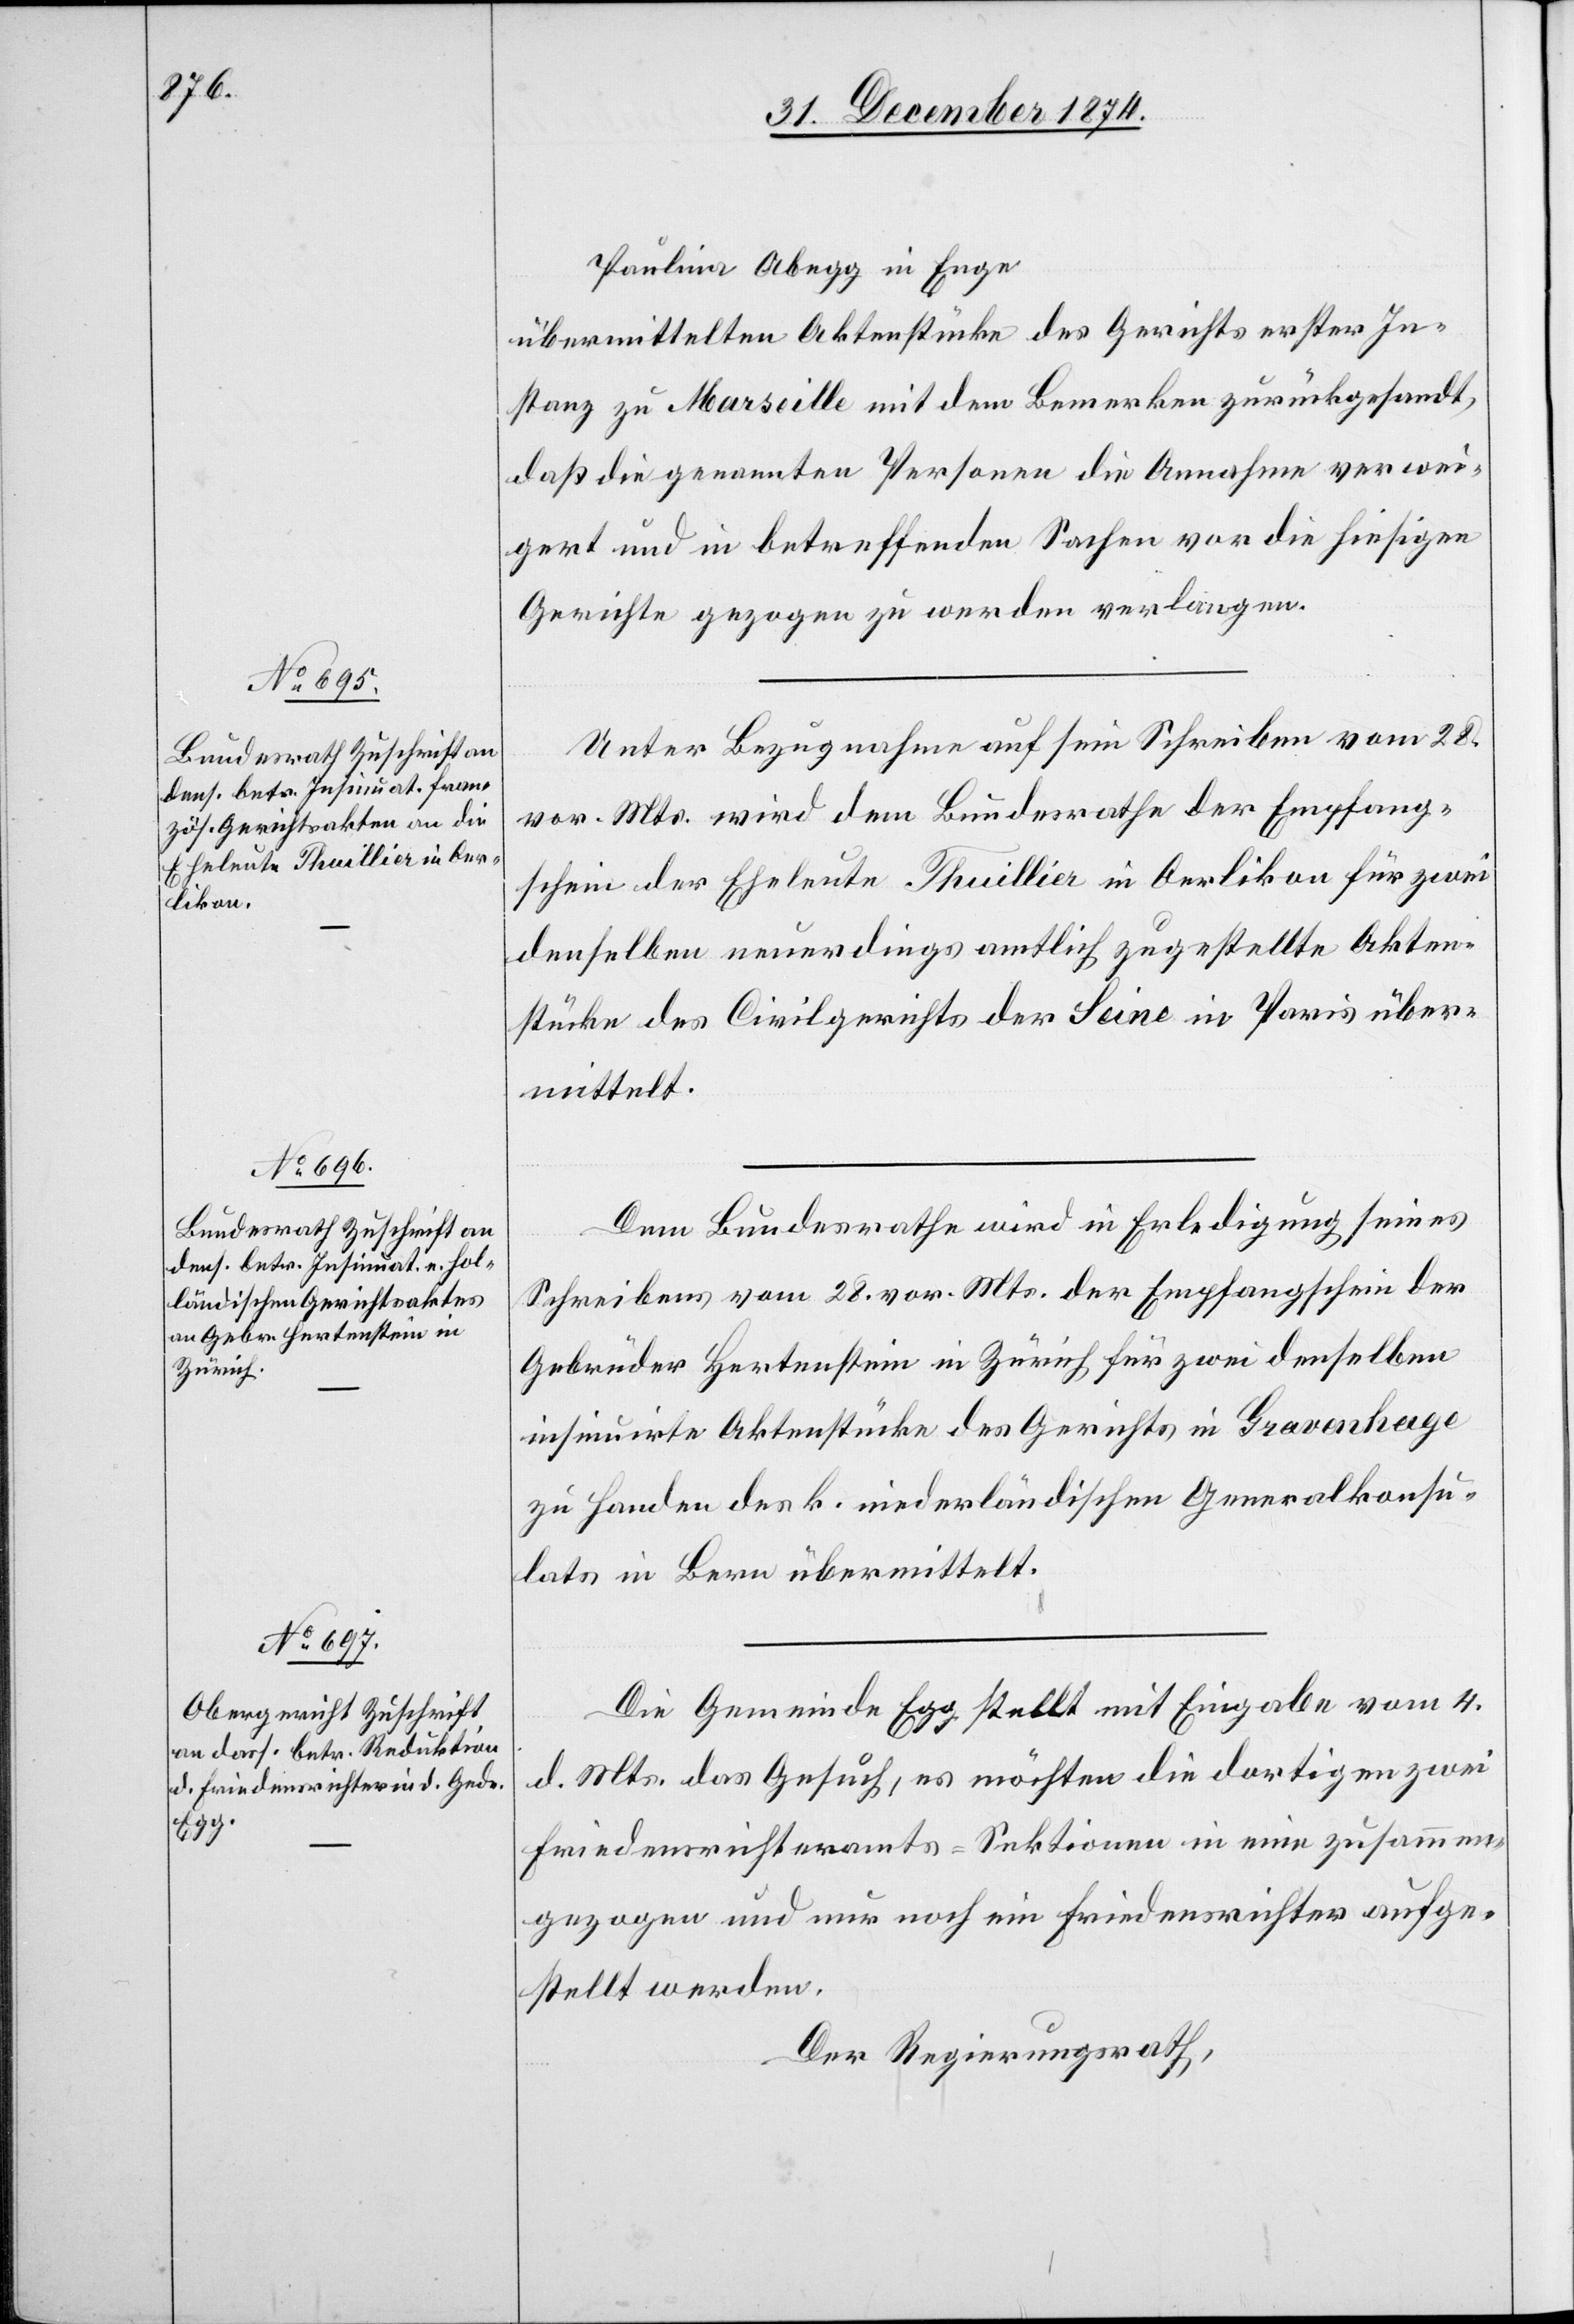
7. Januar 1875.]
Paulina Abegg in Enge
übermittelten Aktenstücke des Gerichts erster In¬
stanz zu Marseille mit dem Bemerken zurückgesandt,
daß die genannten Personen die Annahme verwei¬
gert und in betreffenden Sachen vor die hiesigen
Gerichte gezogen zu werden verlangen.
Unter Bezugnahme auf sein Schreiben vom 28.
vor. Mts. wird dem Bundesrathe der Empfang¬
schein der Eheleute Thuillier in Oerlikon für zwei
denselben neuerdings amtlich zugestellte Akten¬
stücke des Civilgerichts der Seine in Paris über¬
mittelt.
Dem Bundesrathe wird in Erledigung seines
Schreibens vom 28. vor. Mts. der Empfangschein der
Gebrüder Hertenstein in Zürich für zwei denselben
insinuirte Aktenstücke des Gerichts in Gravenhage
zu Handen des k. niederländischen Generalkonsu¬
lats in Bern übermittelt.
Die Gemeinde Egg stellt mit Eingabe vom 4.
d. Mts. das Gesuch, es möchten die dortigen zwei
Friedensrichteramts-Sektionen in eine zusammen¬
gezogen und nur noch ein Friedensrichter aufge¬
stellt werden.
Der Regierungsrath,